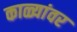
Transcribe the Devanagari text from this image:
काळ्यांवर